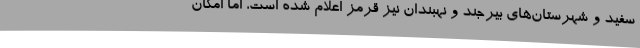
سفید و شهرستان‌های بیرجند و نهبندان نیز قرمز اعلام شده است، اما امکان